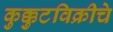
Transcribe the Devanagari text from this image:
कुक्कुटविक्रीचे